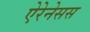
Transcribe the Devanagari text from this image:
ऐरेनेसस